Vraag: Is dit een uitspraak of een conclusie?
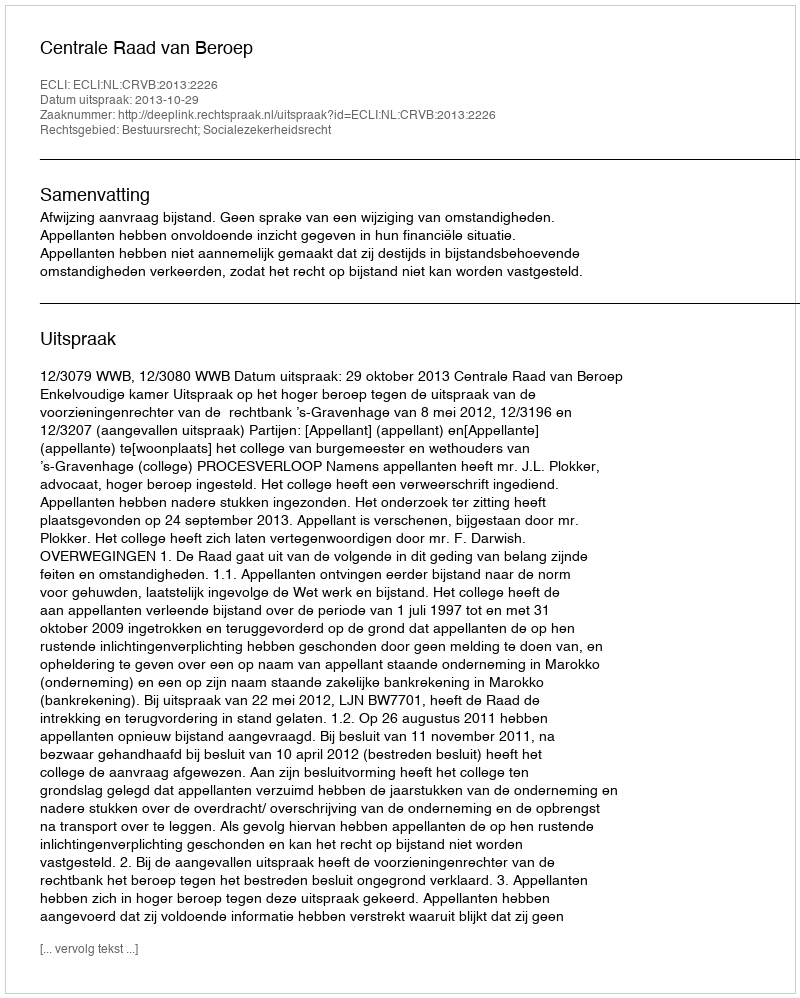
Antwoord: Uitspraak